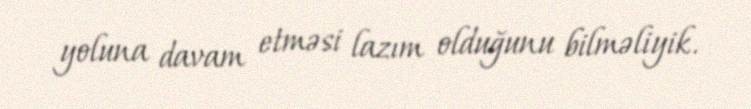
yoluna davam etməsi lazım olduğunu bilməliyik.